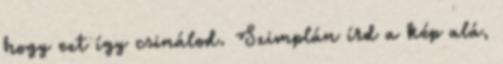
hogy ezt így csinálod. Szimplán írd a kép alá,